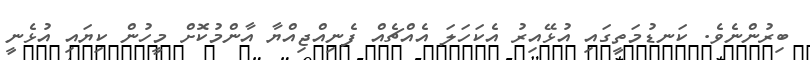
ބިރުންނެވެ. ކަނޑުމަތީގައި އުޅޭއިރު އެކަހަލަ އެއްޗެއް ފެނިއްޖިއްޔާ އާންމުކޮށް މީހުން ކިޔައި އުޅެނީ